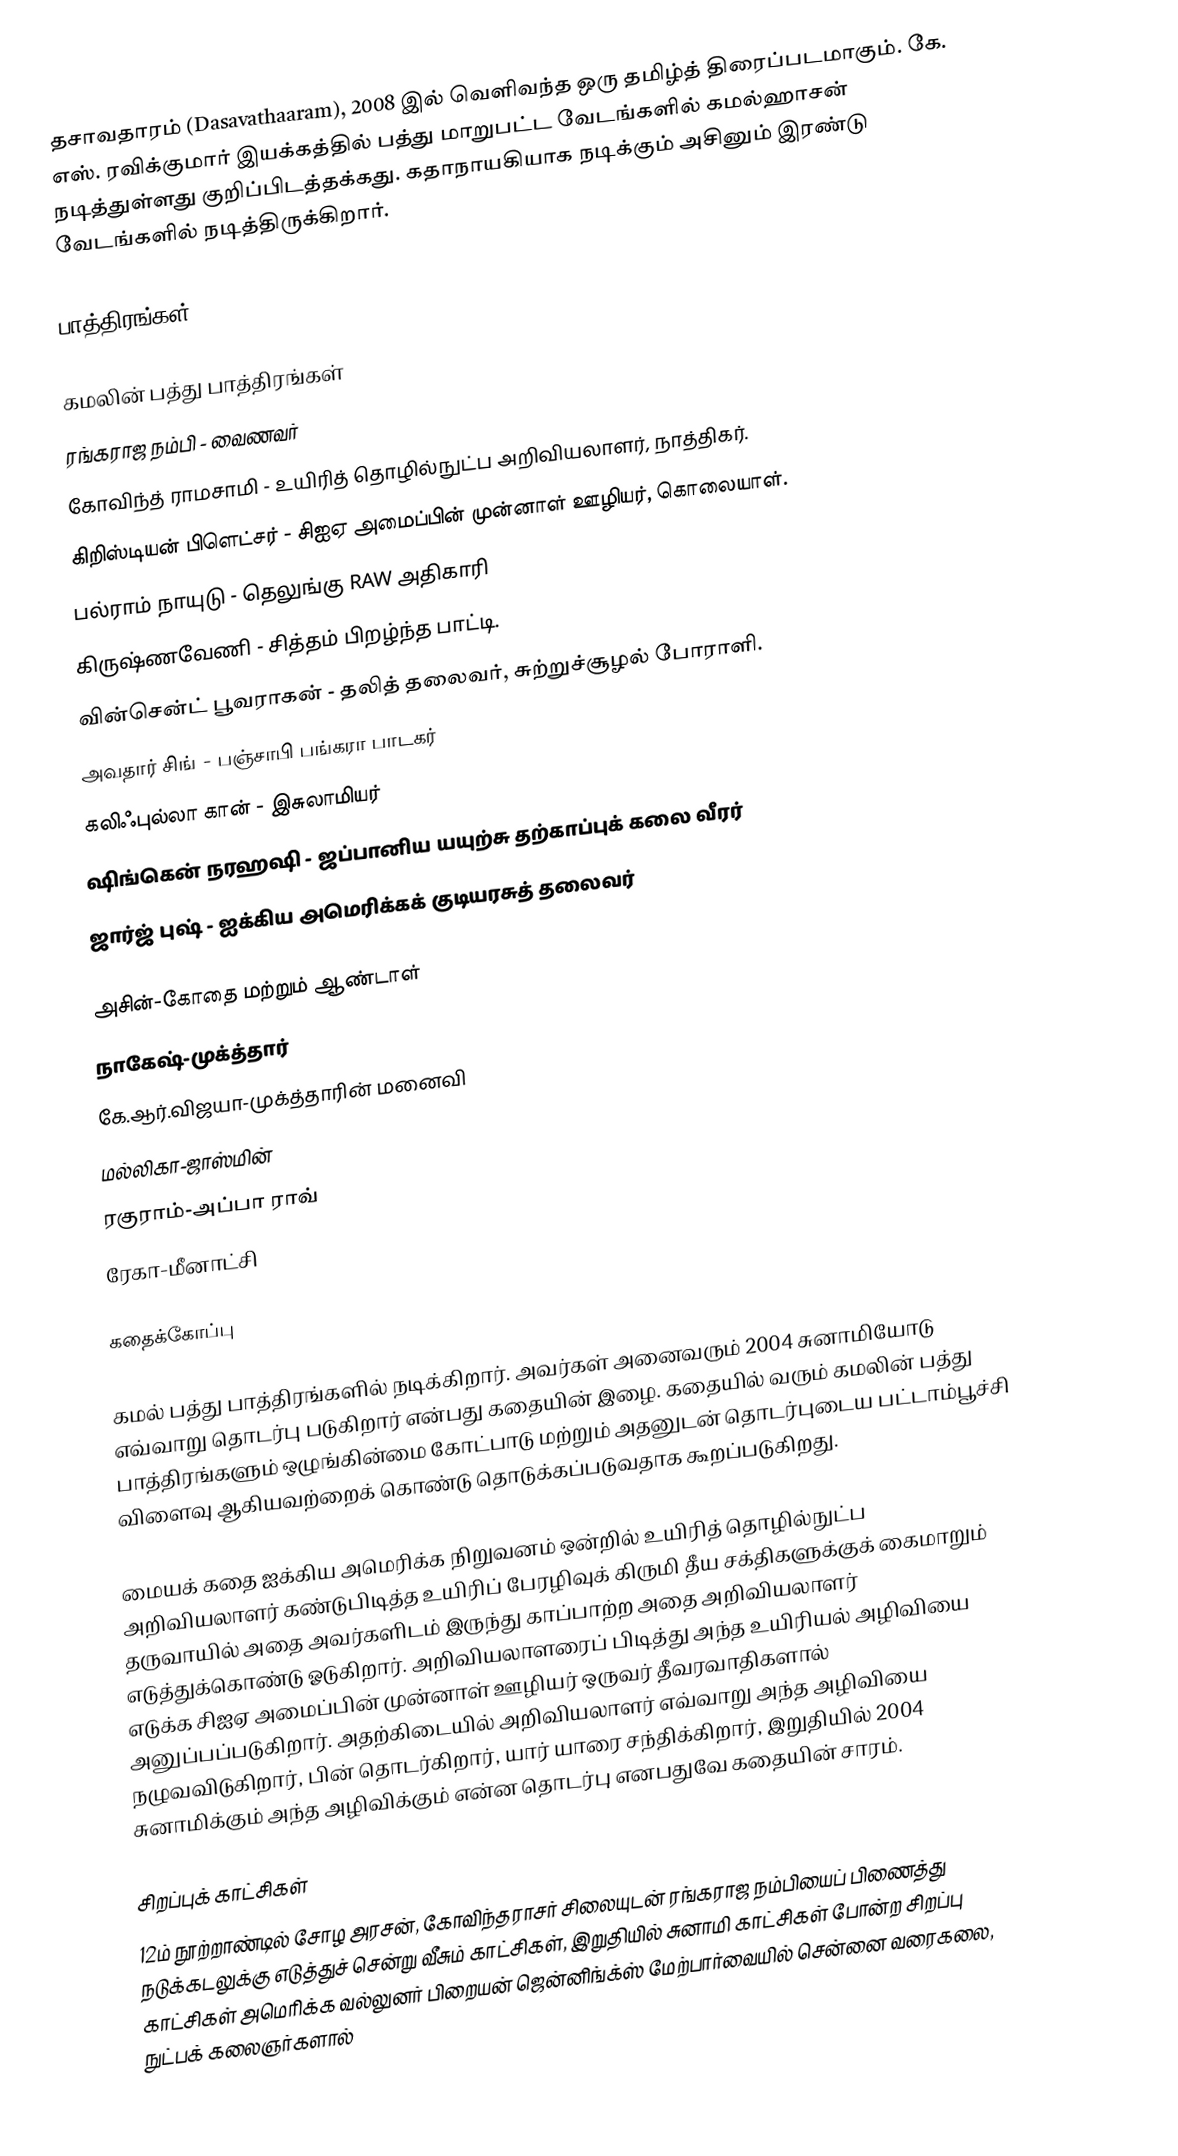
தசாவதாரம் (Dasavathaaram), 2008 இல் வெளிவந்த ஒரு தமிழ்த் திரைப்படமாகும். கே. எஸ். ரவிக்குமார் இயக்கத்தில் பத்து மாறுபட்ட வேடங்களில் கமல்ஹாசன் நடித்துள்ளது குறிப்பிடத்தக்கது. கதாநாயகியாக நடிக்கும் அசினும் இரண்டு வேடங்களில் நடித்திருக்கிறார்.

பாத்திரங்கள்

கமலின் பத்து பாத்திரங்கள்
 ரங்கராஜ நம்பி - வைணவர்
 கோவிந்த் ராமசாமி - உயிரித் தொழில்நுட்ப அறிவியலாளர், நாத்திகர்.
 கிறிஸ்டியன் பிளெட்சர் - சிஐஏ அமைப்பின் முன்னாள் ஊழியர், கொலையாள்.
 பல்ராம் நாயுடு - தெலுங்கு RAW அதிகாரி
 கிருஷ்ணவேணி - சித்தம் பிறழ்ந்த பாட்டி.
 வின்சென்ட் பூவராகன் - தலித் தலைவர், சுற்றுச்சூழல் போராளி.
 அவதார் சிங் - பஞ்சாபி பங்கரா பாடகர்
 கலிஃபுல்லா கான் - இசுலாமியர்
 ஷிங்கென் நரஹஷி - ஜப்பானிய யயுற்சு தற்காப்புக் கலை வீரர்
 ஜார்ஜ் புஷ் - ஐக்கிய அமெரிக்கக் குடியரசுத் தலைவர்

அசின்-கோதை மற்றும் ஆண்டாள்
நாகேஷ்-முக்த்தார்
கே.ஆர்.விஜயா-முக்த்தாரின் மனைவி
மல்லிகா-ஜாஸ்மின்
ரகுராம்-அப்பா ராவ்
ரேகா-மீனாட்சி

கதைக்கோப்பு

கமல் பத்து பாத்திரங்களில் நடிக்கிறார். அவர்கள் அனைவரும் 2004 சுனாமியோடு எவ்வாறு தொடர்பு படுகிறார் என்பது கதையின் இழை. கதையில் வரும் கமலின் பத்து பாத்திரங்களும் ஒழுங்கின்மை கோட்பாடு மற்றும் அதனுடன் தொடர்புடைய பட்டாம்பூச்சி விளைவு ஆகியவற்றைக் கொண்டு தொடுக்கப்படுவதாக கூறப்படுகிறது.

மையக் கதை ஐக்கிய அமெரிக்க நிறுவனம் ஒன்றில் உயிரித் தொழில்நுட்ப அறிவியலாளர் கண்டுபிடித்த உயிரிப் பேரழிவுக் கிருமி தீய சக்திகளுக்குக் கைமாறும் தருவாயில் அதை அவர்களிடம் இருந்து காப்பாற்ற அதை அறிவியலாளர் எடுத்துக்கொண்டு ஓடுகிறார். அறிவியலாளரைப் பிடித்து அந்த உயிரியல் அழிவியை எடுக்க சிஐஏ அமைப்பின் முன்னாள் ஊழியர் ஒருவர் தீவரவாதிகளால் அனுப்பப்படுகிறார். அதற்கிடையில் அறிவியலாளர் எவ்வாறு அந்த அழிவியை நழுவவிடுகிறார், பின் தொடர்கிறார், யார் யாரை சந்திக்கிறார், இறுதியில் 2004 சுனாமிக்கும் அந்த அழிவிக்கும் என்ன தொடர்பு எனபதுவே கதையின் சாரம்.

சிறப்புக் காட்சிகள்
12ம் நூற்றாண்டில் சோழ அரசன், கோவிந்தராசர் சிலையுடன் ரங்கராஜ நம்பியைப் பிணைத்து நடுக்கடலுக்கு எடுத்துச் சென்று வீசும் காட்சிகள், இறுதியில் சுனாமி காட்சிகள் போன்ற சிறப்பு காட்சிகள் அமெரிக்க வல்லுனர் பிறையன் ஜென்னிங்க்ஸ் மேற்பார்வையில் சென்னை வரைகலை, நுட்பக் கலைஞர்களால்